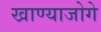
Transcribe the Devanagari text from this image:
खाण्याजोगे